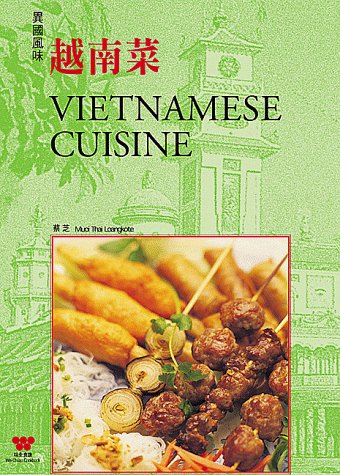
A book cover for Vietnamese Cuisine; Su-Huei Huang; Cookbooks, Food & Wine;